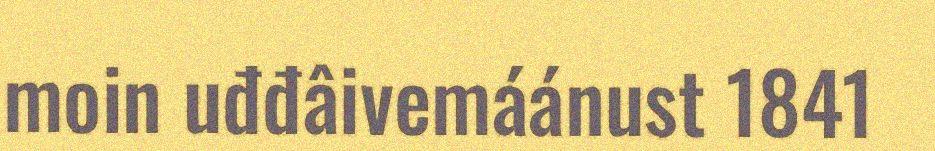
moin uđđâivemáánust 1841